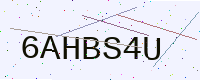
Text: 6AHBS4U